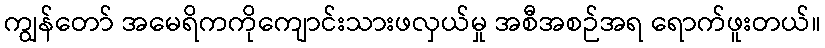
ကျွန်တော် အမေရိကကိုကျောင်းသားဖလှယ်မှု အစီအစဉ်အရ ရောက်ဖူးတယ်။